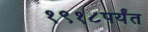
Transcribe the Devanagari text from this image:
१९१८पर्यंत